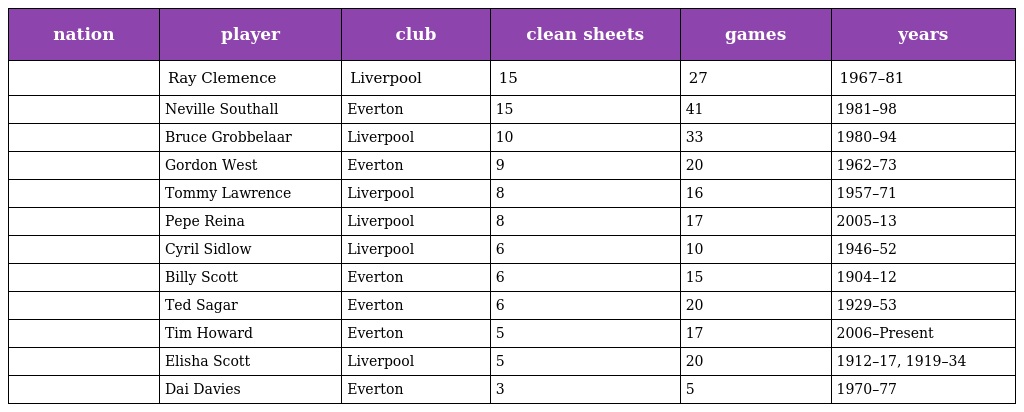
| nation | player | club | clean sheets | games | years |
 | --- | --- | --- | --- | --- | --- |
 |  | Ray Clemence | Liverpool | 15 | 27 | 1967–81 |
 |  | Neville Southall | Everton | 15 | 41 | 1981–98 |
 |  | Bruce Grobbelaar | Liverpool | 10 | 33 | 1980–94 |
 |  | Gordon West | Everton | 9 | 20 | 1962–73 |
 |  | Tommy Lawrence | Liverpool | 8 | 16 | 1957–71 |
 |  | Pepe Reina | Liverpool | 8 | 17 | 2005–13 |
 |  | Cyril Sidlow | Liverpool | 6 | 10 | 1946–52 |
 |  | Billy Scott | Everton | 6 | 15 | 1904–12 |
 |  | Ted Sagar | Everton | 6 | 20 | 1929–53 |
 |  | Tim Howard | Everton | 5 | 17 | 2006–Present |
 |  | Elisha Scott | Liverpool | 5 | 20 | 1912–17, 1919–34 |
 |  | Dai Davies | Everton | 3 | 5 | 1970–77 |